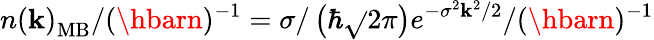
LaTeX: n\left(\mathbf{k}\right)_{\mathrm{{MB}}}/(\hbarn)^{-1}=\sigma/\left(\hbar\sqrt{}{{2\pi}}\right)e^{-\sigma^{2}\mathbf{k}^{2}/2}/(\hbarn)^{-1}